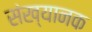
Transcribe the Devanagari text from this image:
संख्यानक